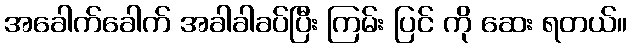
အခေါက်ခေါက် အခါခါခပ်ပြီး ကြမ်း ပြင် ကို ဆေး ရတယ်။